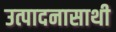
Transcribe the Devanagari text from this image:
उत्पादनासाथी